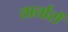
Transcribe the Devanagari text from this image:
तार्तारों